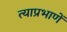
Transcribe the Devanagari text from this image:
त्याप्रभाणें